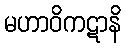
မဟာဝိကဋာနိ